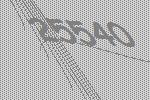
25540